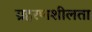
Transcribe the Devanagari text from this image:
ग्रहरणशीलता